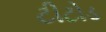
ટીટોડ